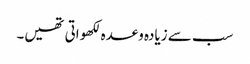
سب سے زیادہ وعدہ لکھواتی تھیں۔